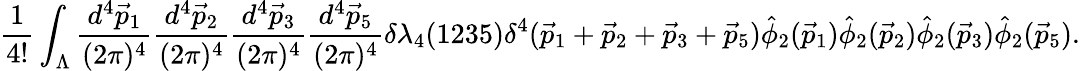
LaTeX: \frac{1}{4!}\int_{{\Lambda}}\frac{d^{4}\vec{p}_{1}}{(2{\pi})^{4}}\frac{d^{4}\vec{p}_{2}}{(2{\pi})^{4}}\frac{d^{4}\vec{p}_{3}}{(2{\pi})^{4}}\frac{d^{4}\vec{p}_{5}}{(2{\pi})^{4}}{\delta}{\lambda}_{4}(1235){\delta}^{4}(\vec{p}_{1}+\vec{p}_{2}+\vec{p}_{3}+\vec{p}_{5})\hat{\phi}_{2}(\vec{p}_{1})\hat{\phi}_{2}(\vec{p}_{2})\hat{\phi}_{2}(\vec{p}_{3})\hat{\phi}_{2}(\vec{p}_{5}).